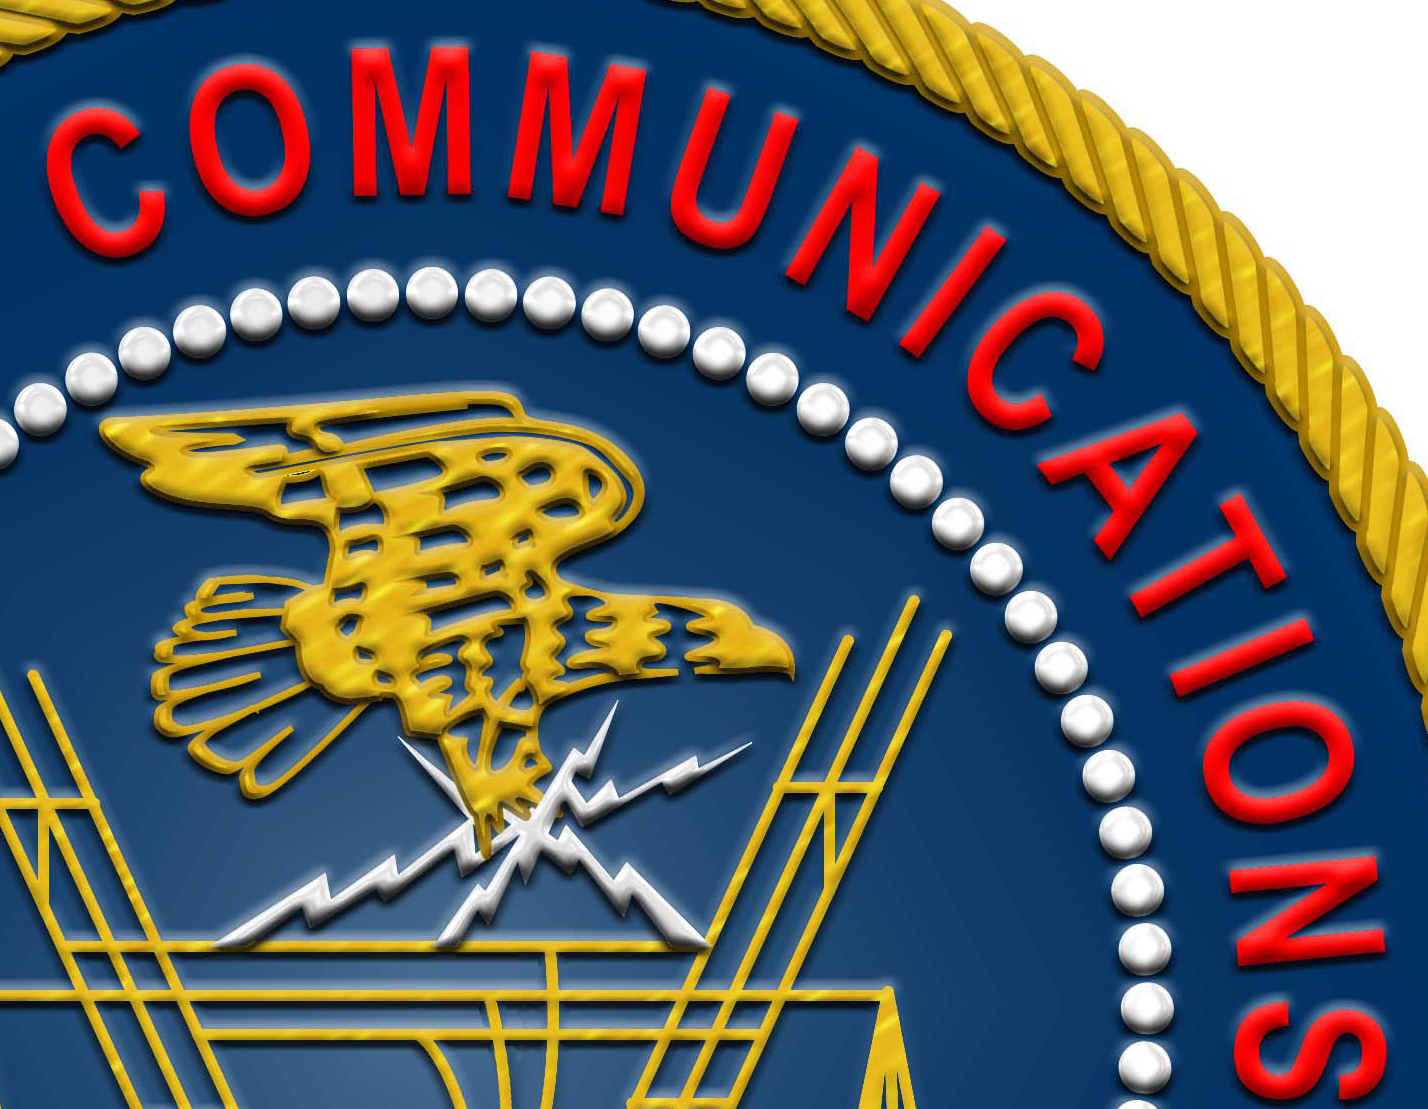
COMMUNICATIONS